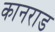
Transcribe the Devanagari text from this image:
कानराड